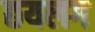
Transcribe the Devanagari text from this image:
छयलग